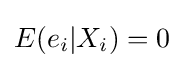
E(e_{i}|X_{i})=0